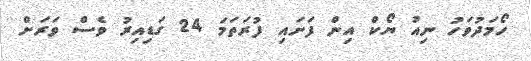
ހޯމަދުވަހު ނިއު ޔޯކް އިން ފަށައި ފުރަތަމަ 24 ގަޑިއިރު ވެސް ވަރަށް